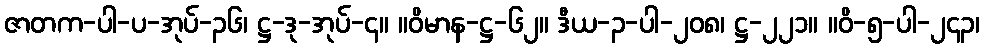
ဇာတက-ပါ-ပ-အုပ်-၃၆၊ ဋ္ဌ-ဒု-အုပ်-၄။ ။ဝိမာန-ဋ္ဌ-၆၂။ ဒီယ-၃-ပါ-၂၀၈၊ ဋ္ဌ-၂၂၁။ ။ဝိ-၅-ပါ-၂၄၃၊